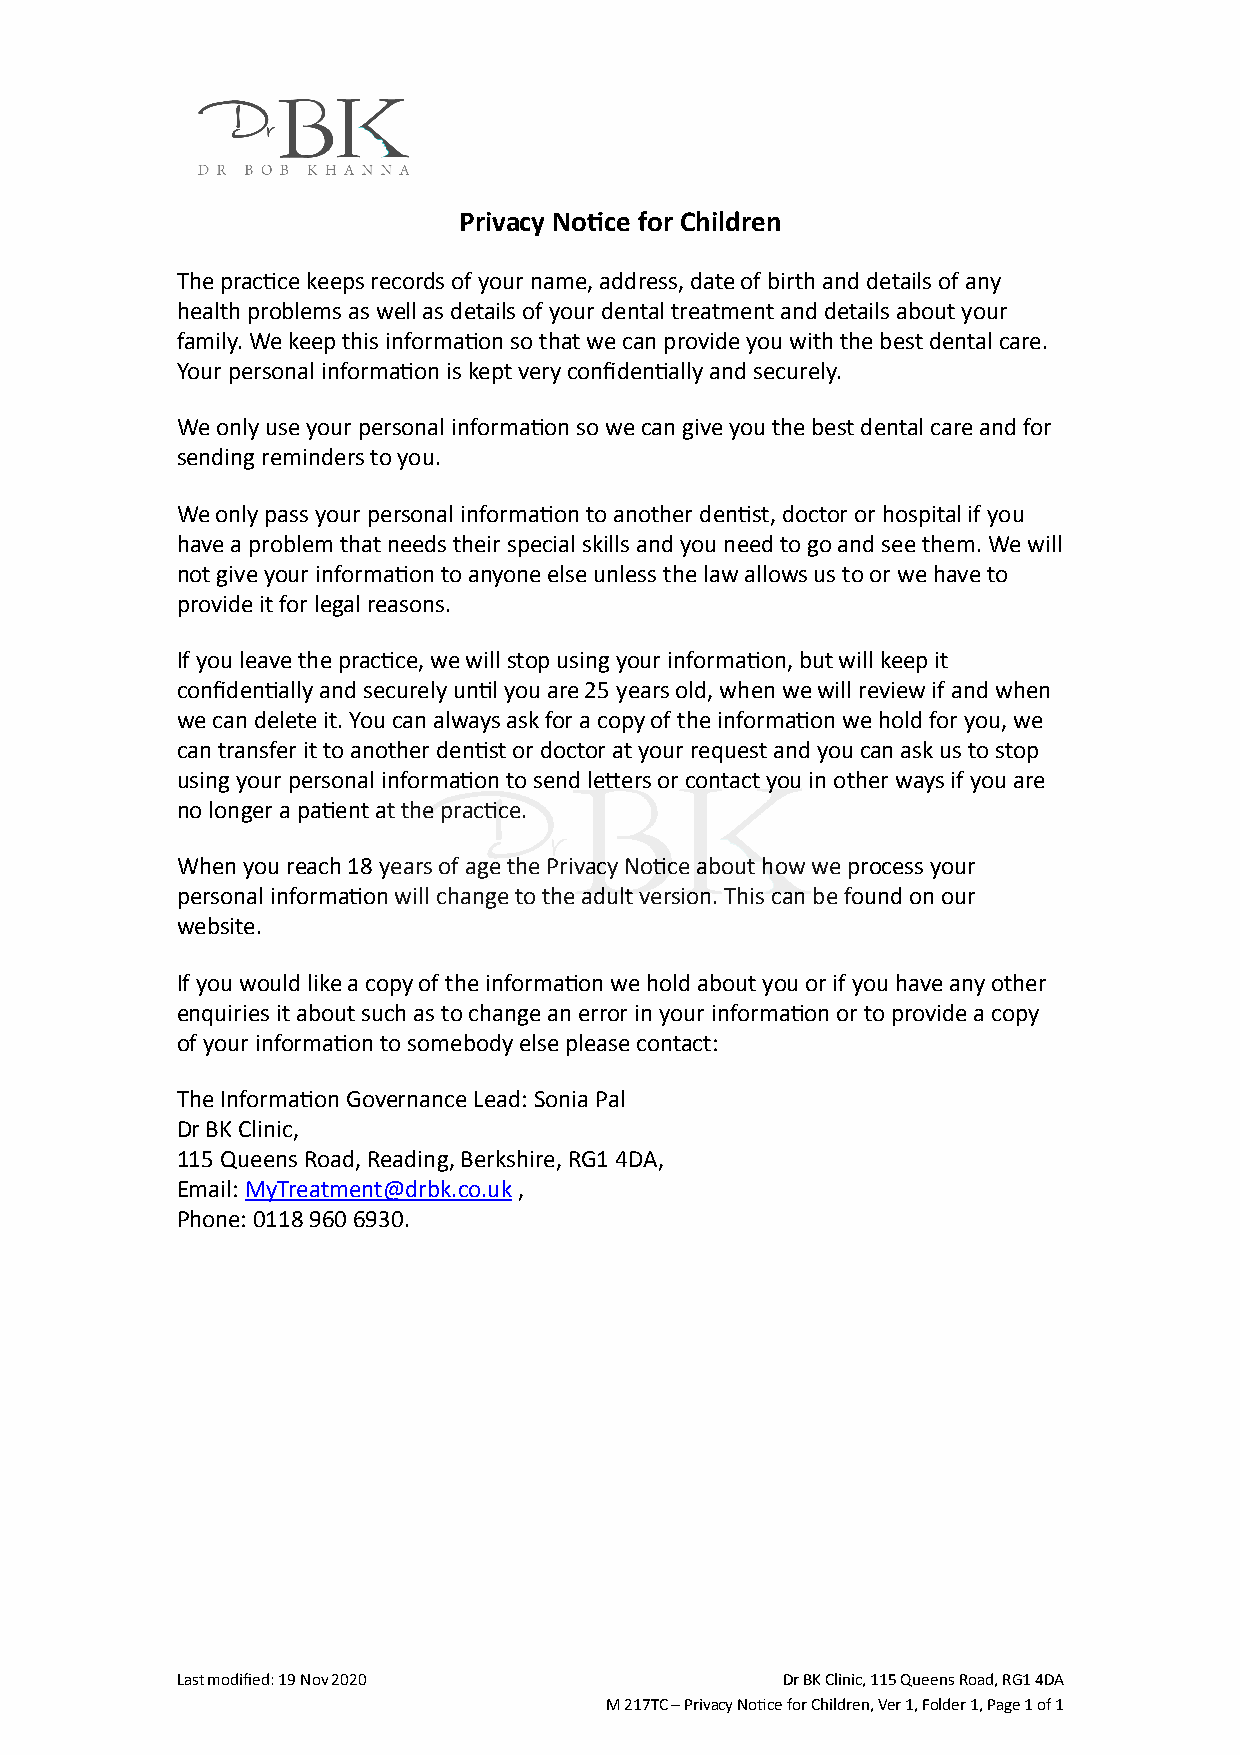
Privacy Notice for Children
 The practice keeps records of your name, address, date of birth and details of any
 health problems as well as details of your dental treatment and details about your
 family. We keep this information so that we can provide you with the best dental care.
 Your personal information is kept very confidentially and securely.
 We only use your personal information so we can give you the best dental care and for
 sending reminders to you.
 We only pass your personal information to another dentist, doctor or hospital if you
 have a problem that needs their special skills and you need to go and see them. We will
 not give your information to anyone else unless the law allows us to or we have to
 provide it for legal reasons.
 If you leave the practice, we will stop using your information, but will keep it
 confidentially and securely until you are 25 years old, when we will review if and when
 we can delete it. You can always ask for a copy of the information we hold for you, we
 can transfer it to another dentist or doctor at your request and you can ask us to stop
 using your personal information to send letters or contact you in other ways if you are
 no longer a patient at the practice.
 When you reach 18 years of age the Privacy Notice about how we process your
 personal information will change to the adult version. This can be found on our
 website.
 If you would like a copy of the information we hold about you or if you have any other
 enquiries it about such as to change an error in your information or to provide a copy
 of your information to somebody else please contact:
 The Information Governance Lead: Sonia Pal
 Dr BK Clinic,
 115 Queens Road, Reading, Berkshire, RG1 4DA,
 Email:MyTreatment@drbk.co.uk,
 Phone: 0118 960 6930.
 Last modified: 19 Nov 2020              Dr BK Clinic, 115 Queens Road, RG1 4DA
 M 217TC – Privacy Notice for Children, Ver 1, Folder 1,Page 1 of 1